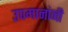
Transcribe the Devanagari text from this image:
उपमानांनी